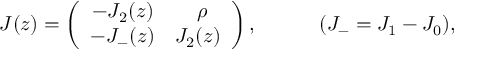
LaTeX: J ( z ) = \left( \begin{array} { c r } { { - J _ { 2 } ( z ) } } & { { \rho ~ ~ } } \\ { { - J _ { - } ( z ) } } & { { J _ { 2 } ( z ) } } \end{array} \right) , ~ ~ ~ ~ ~ ~ ~ ~ ~ ( J _ { - } = J _ { 1 } - J _ { 0 } ) ,